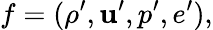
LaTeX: f=(\rho^{\prime},{\mathbf{u}}^{\prime},p^{\prime},e^{\prime}),